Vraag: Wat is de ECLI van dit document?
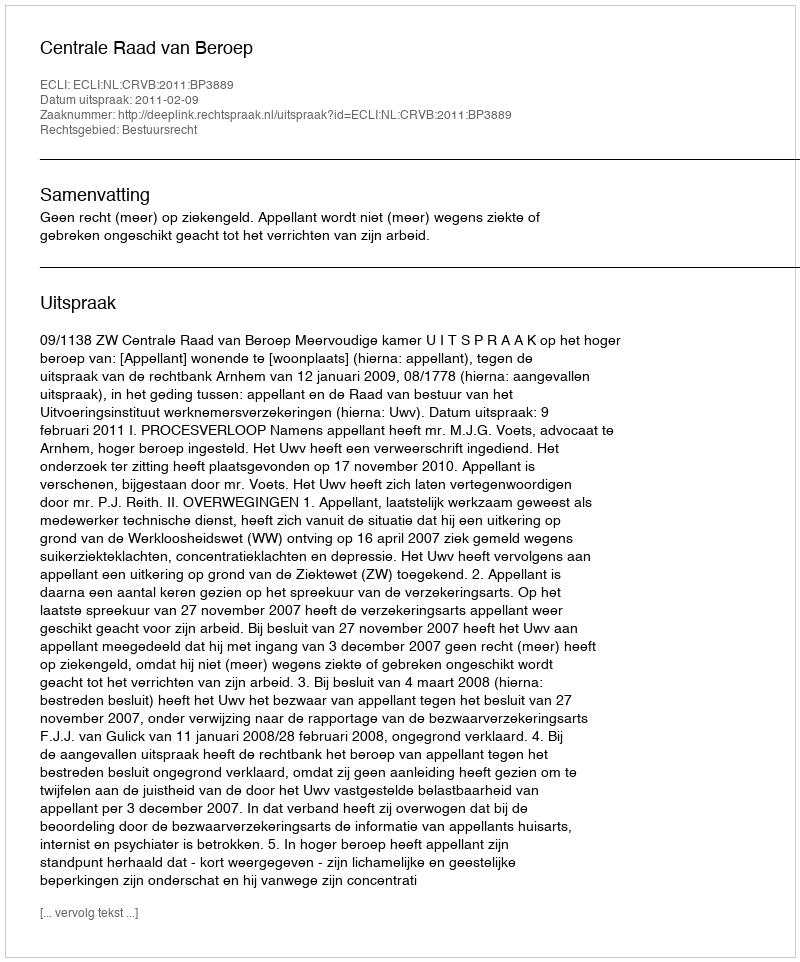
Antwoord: ECLI:NL:CRVB:2011:BP3889